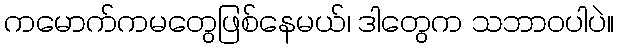
ကမောက်ကမတွေဖြစ်နေမယ်၊ ဒါတွေက သဘာဝပါပဲ။